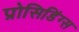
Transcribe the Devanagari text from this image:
प्रोसिडिंग्स